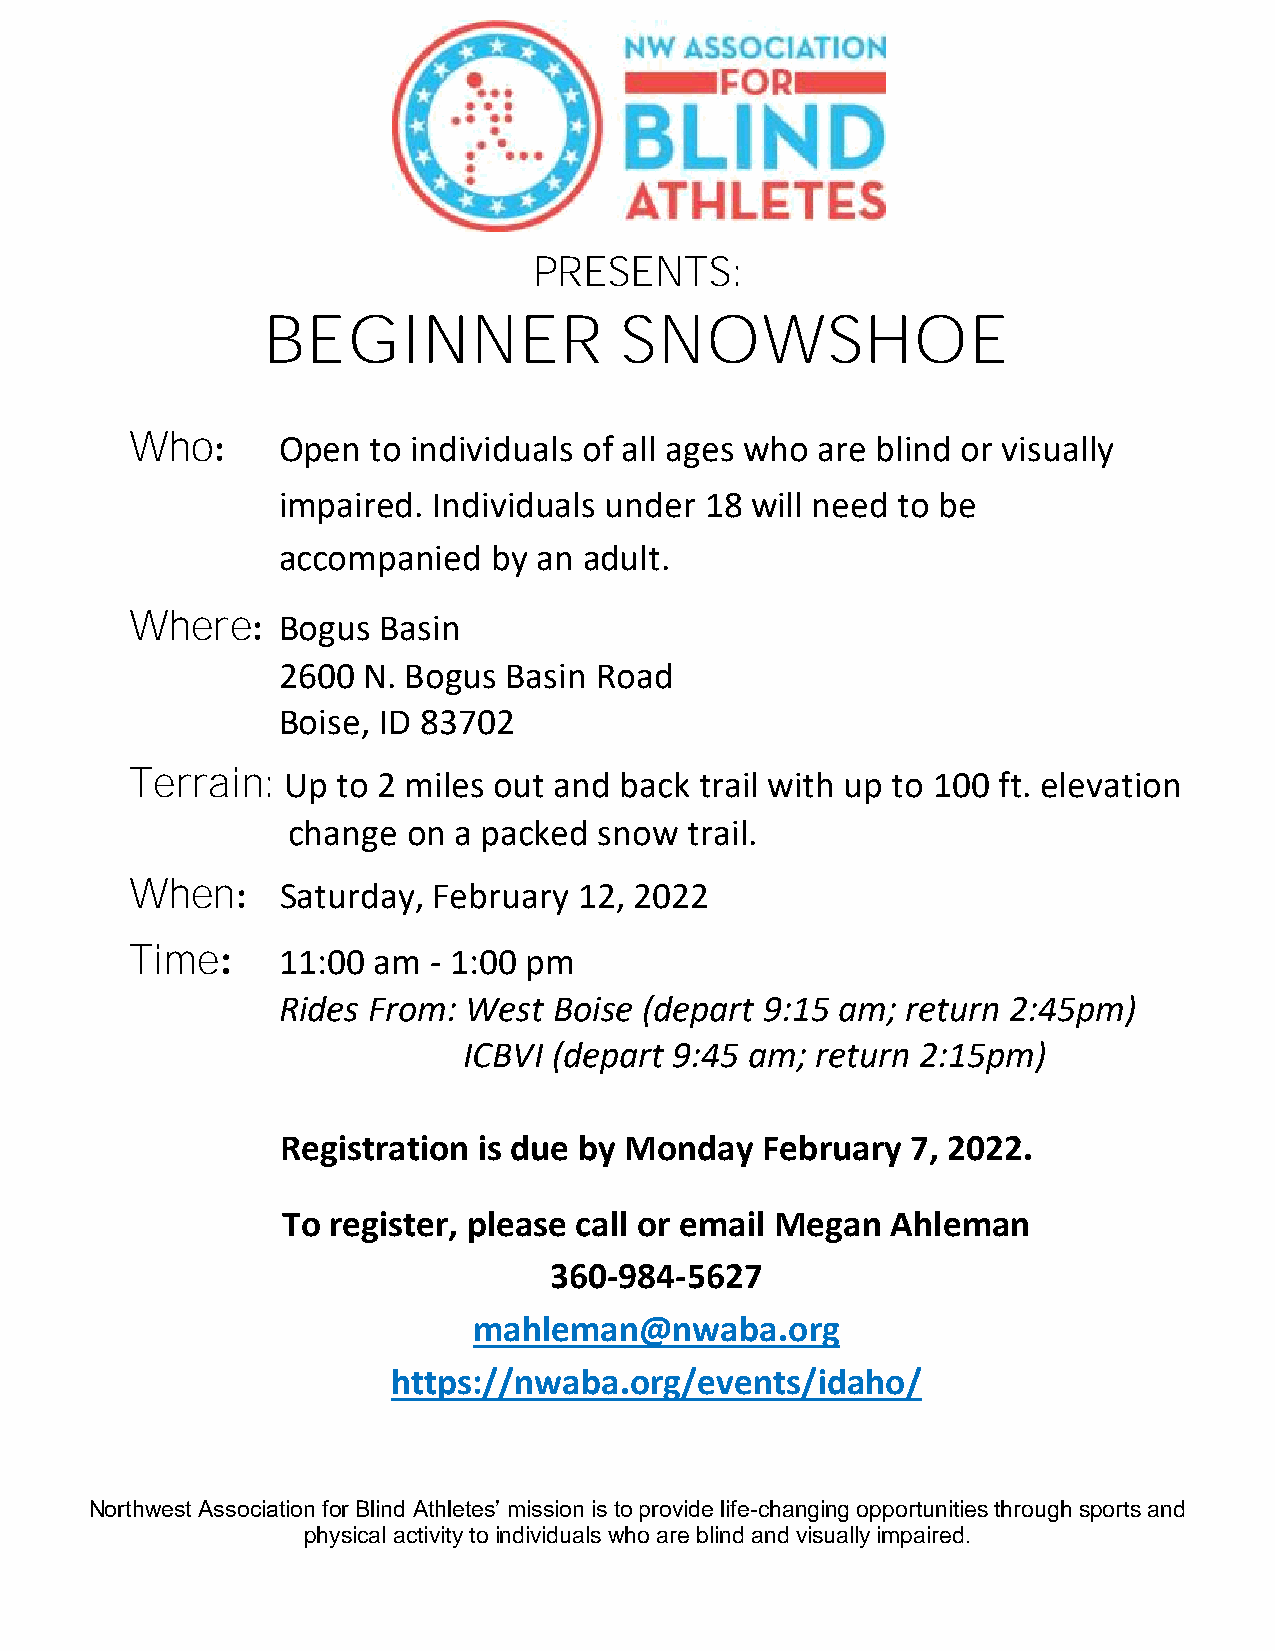
PRESENTS:
 BEGINNER                SNOWSHOE
 Who:     Open   to individuals of all ages who are blind or visually
 impaired.  Individuals under 18 will need to be
 accompanied    by an adult.
 Where:   Bogus  Basin
 2600  N. Bogus  Basin Road
 Boise, ID 83702
 Terrain:  Up to 2 miles out and back trail with up to 100 ft. elevation
 change  on a packed  snow  trail.
 When:     Saturday, February 12, 2022
 Time:    11:00  am - 1:00 pm
 Rides From:  West  Boise (depart 9:15 am; return 2:45pm)
 ICBVI (depart 9:45 am; return 2:15pm)
 Registration is due by Monday  February  7, 2022.
 To register, please call or email Megan Ahleman
 360-984-5627
 mahleman@nwaba.org
 https://nwaba.org/events/idaho/
 Northwest Association for Blind Athletes’ mission is to provide life-changing opportunities through sports and
 physical activity to individuals who are blind and visually impaired.